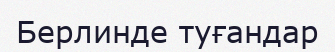
Берлинде туғандар